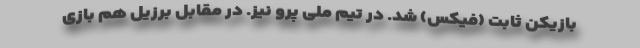
بازیکن ثابت (فیکس) شد. در تیم ملی پرو نیز. در مقابل برزیل هم بازی